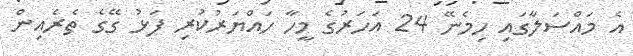
އެ މައްސަލާގައި ހިމެނޭ 24 އަހަރުގެ މީހާ ހައްޔަރުކުރި ފަޅު ގޭގެ ތެރެއިން